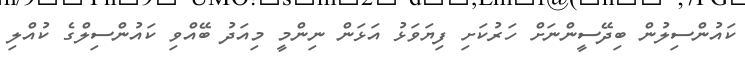
ކައުންސިލުން ބިދޭސީންނަށް ހަރުކަށި ފިޔަވަޅު އަޅަން ނިންމީ މިއަދު ބޭއްވި ކައުންސިލްގެ ކުއްލި